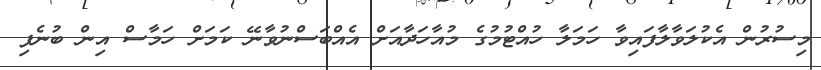
މިސުރުން އެކުލަވާލާފައިވާ ހަމަލާ ހުއްޓުމުގެ މުއާހަދާއަށް އެއްބަސްނުވާނޭ ކަމަށް ހަމާސް އިން ބުނެފި